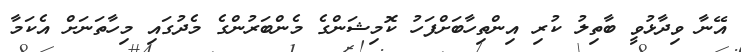
އޭނާ ވިދާޅުވީ ބާތިލު ކުރި އިންތިހާބަށްފަހު ކޮމިޝަންގެ މެންބަރުންގެ މެދުގައި މިހާތަނަށް އެކަމާ